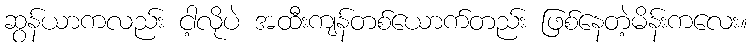
ဆွန်ယာကလည်း ငါ့လိုပဲ အထီးကျန်တစ်ယောက်တည်း ဖြစ်နေတဲ့မိန်းကလေး။